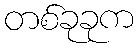
တစ်ခုခုက